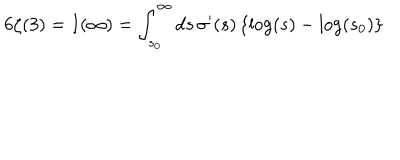
6 \zeta ( 3 ) = I ( \infty ) = \int _ { s _ { 0 } } ^ { \infty } d s \, \sigma ^ { \prime } ( s ) \left\{ \log ( s ) - \log ( s _ { 0 } ) \right\}